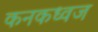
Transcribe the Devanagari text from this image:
कनकध्वज